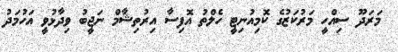
މަރަދޫ ސިއްހީ މަރުކަޒުގެ ކޮމިއުނިޓީ ހެލްތު އޮފިސާ އިރުތިޝާމް ނަޖީބު ވިދާޅުވީ އަހުމަދު